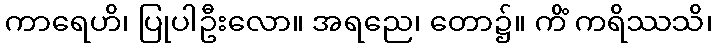
ကာရေဟိ၊ ပြုပါဦးလော။ အရညေ၊ တော၌။ ကိံ ကရိဿသိ၊